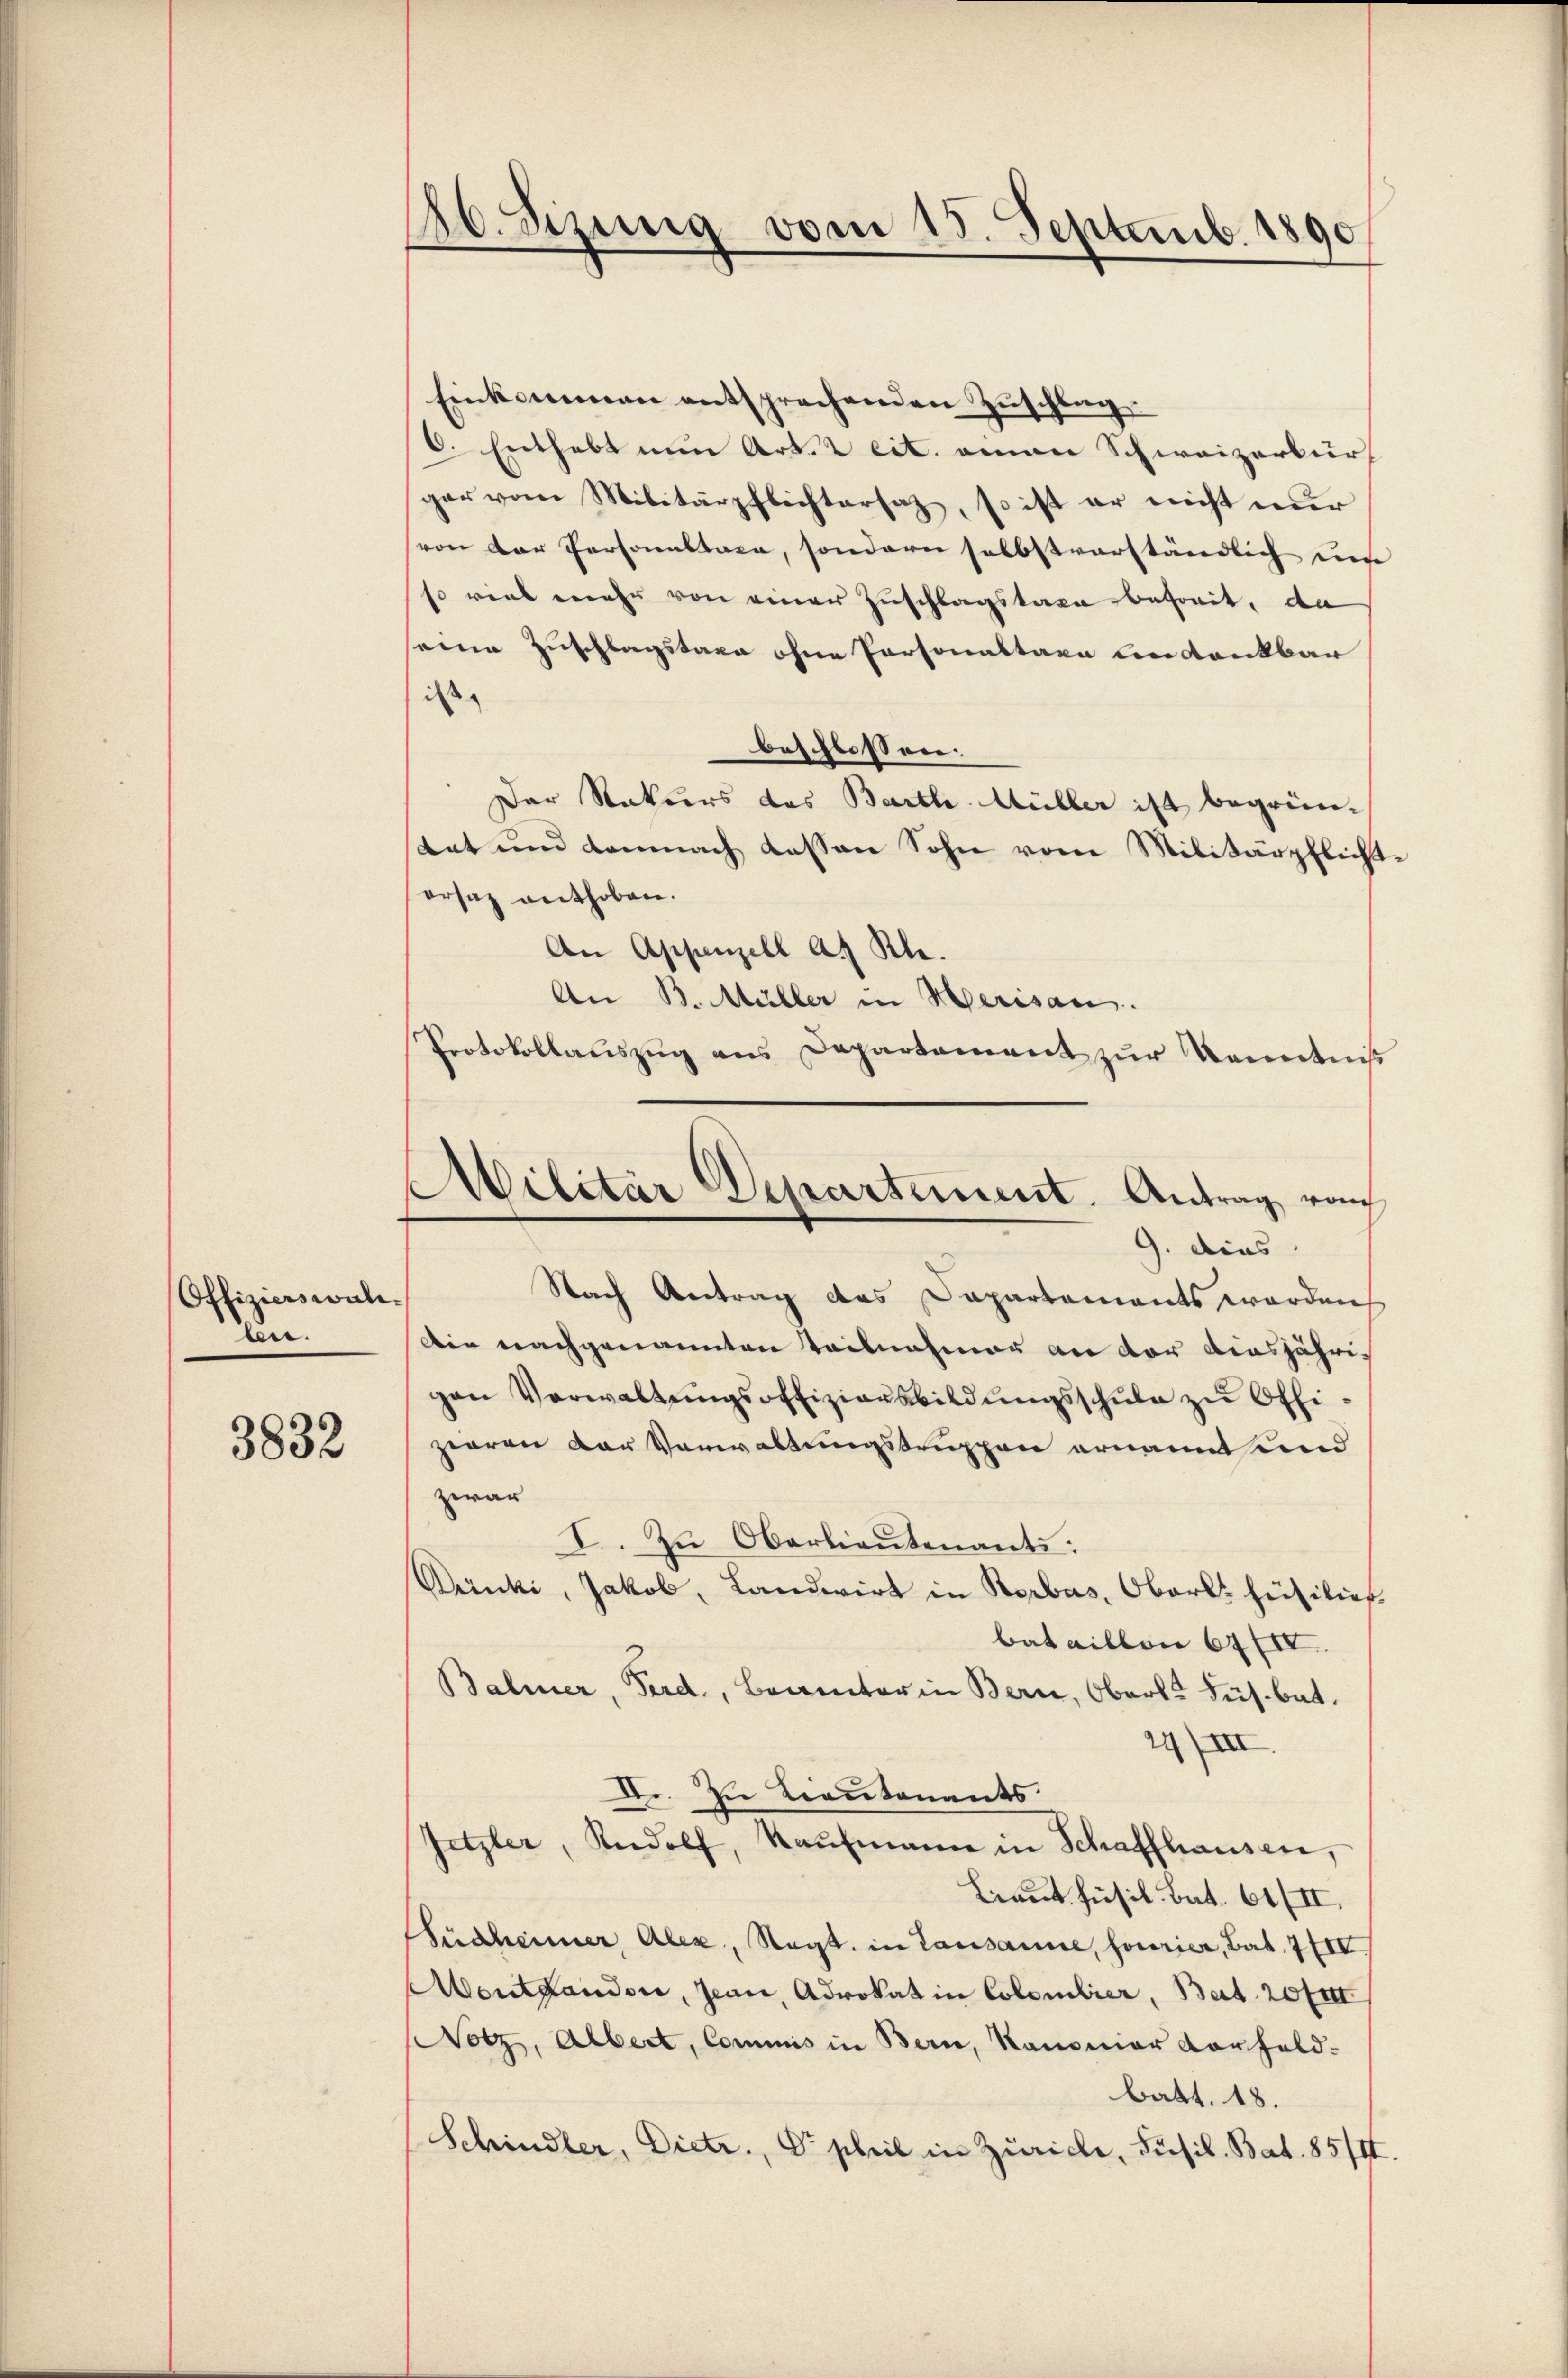
Offizierswald-
den.

3833

26. Sizung vom 15. Septemb. 1890

Einkommen entsprechenden Zŭschlag
6. Enthebt nun Art. 2 cit. einen Schweizerbür
gar vom Militärpflichtersatz, so ist er nicht nur
von der Persamstage, sondern selbstverständlich um
so viel mehr von einer Zuschlagstaxe befreit, da
seine Zuschlagstage ohne Personaltare bedankbar
ist.
beschlossen:
Der Rekurs das Barth. Müller ist begrüntat und demnach dessen Sohn vom Militärpflicht
ersatz enthoben.
An Appenzell a. Rh.
Nach Antrag des Dapartements worden
Die nachgenannten Teilnahmer an der diesjährigen Verwaltŭngsoffiziansbildŭngsschŭle zŭ Offizieren der Vorwaltungstruppen ernannt werd
zwar
I. Zu Oberlieutenants:
Dinki, Jakob, Landwirt in Rorbas, Oberk: Füsilier
bataillon 67/II.
Balmer, Ferd., Beamter in Bern, Oberke dus. bat.
24/III.
II. In Lieutenants
Tetzler, Rudolf, Kaŭfmann in Schaffhausen,
Braut Füsil. Bat. 61/II.
üsheimer Alex, Sagt in Lausanne, fourier, Bat. 7 III
Montanden, Jean, Advokat in Colombier, Bart. 20 f
Notz, Albert, Commis in Bern, Kanoniar Vorfeld-
batt. 18.
Schindler, Dietr. Dr. phil in Zürich, Füsil. Bat. 85/II.

An B. Müller in Merisau.
Protokollaŭszŭg ans Departement zŭr Kenntniß
Militär Departement. Antrag rauch
9. dies